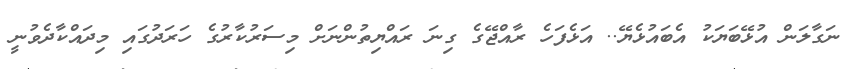
ނަގާލަން އުޅޭބަޔަކު އެބައުޅެޔޭ.. އަޅެފަހެ ރާއްޖޭގެ ގިނަ ރައްޔިތުންނަށް މިސަރުކާރުގެ ހަރަދުގައި މިދައްކާދެވުނީ